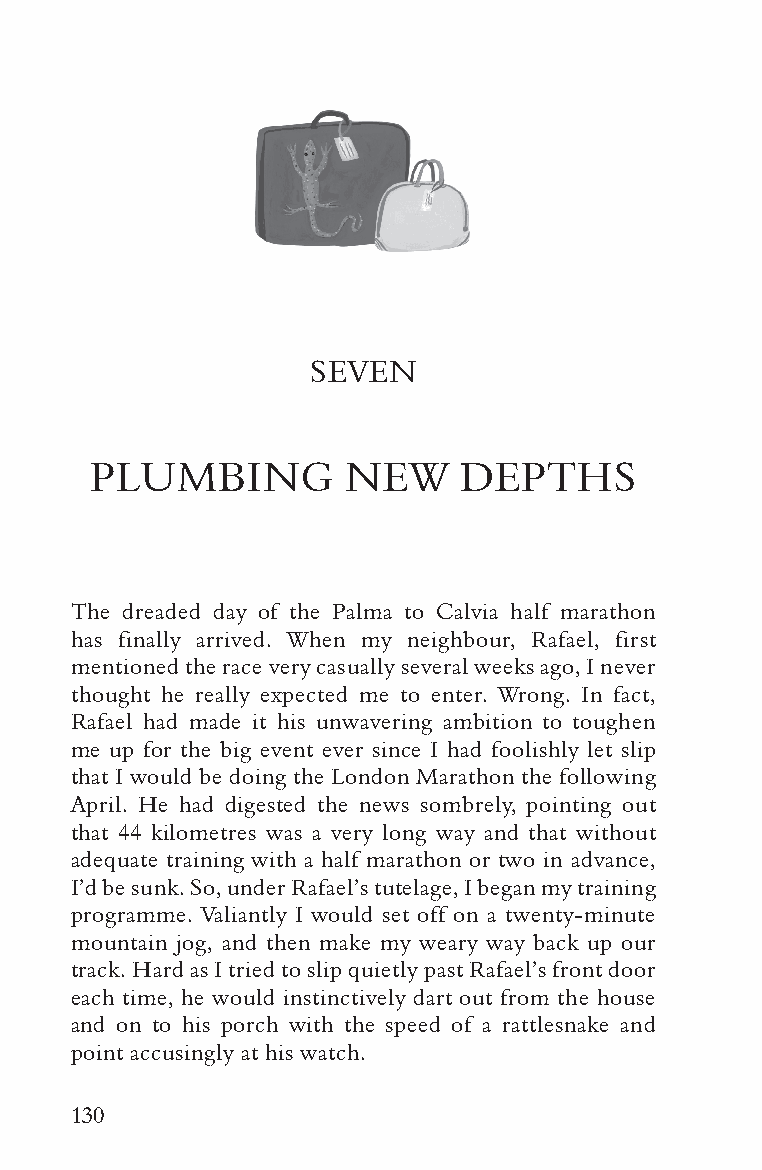
SEVEN
 PLUMBING         NEW    DEPTHS
 The dreaded day of the Palma to Calvia half marathon
 has finally arrived. When my neighbour, Rafael, first
 mentioned the race very casually several weeks ago, I never
 thought he really expected me to enter. Wrong. In fact,
 Rafael had made it his unwavering ambition to toughen
 me up for the big event ever since I had foolishly let slip
 that I would be doing the London Marathon the following
 April. He had digested the news sombrely, pointing out
 that 44 kilometres was a very long way and that without
 adequate training with a half marathon or two in advance,
 I’d be sunk. So, under Rafael’s tutelage, I began my training
 programme. Valiantly I would set off on a twenty-minute
 mountain jog, and then make my weary way back up our
 track. Hard as I tried to slip quietly past Rafael’s front door
 each time, he would instinctively dart out from the house
 and on to his porch with the speed of a rattlesnake and
 point accusingly at his watch.
 130